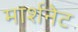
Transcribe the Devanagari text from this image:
मार्शनेट